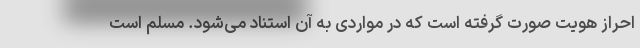
احراز هویت صورت گرفته است که در مواردی به آن استناد می‌شود. مسلم است